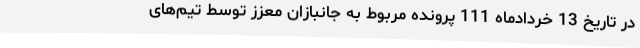
در تاریخ 13 خردادماه 111 پرونده مربوط به جانبازان معزز توسط تیم‌های